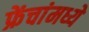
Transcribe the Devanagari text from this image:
फ्रेंचांमध्ये